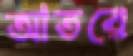
আতরে